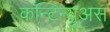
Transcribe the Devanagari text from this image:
कन्टिन्युअस